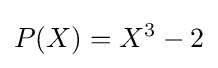
P(X)=X^{3}-2